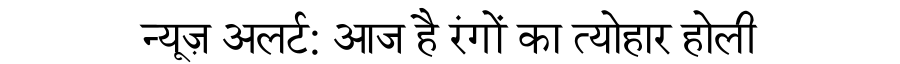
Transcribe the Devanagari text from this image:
न्यूज़ अलर्ट: आज है रंगों का त्योहार होली